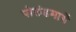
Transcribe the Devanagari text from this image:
पोलंडमार्गे